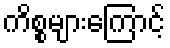
ကိစ္စများကြောင့်